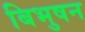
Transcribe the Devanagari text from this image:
बिभुषन